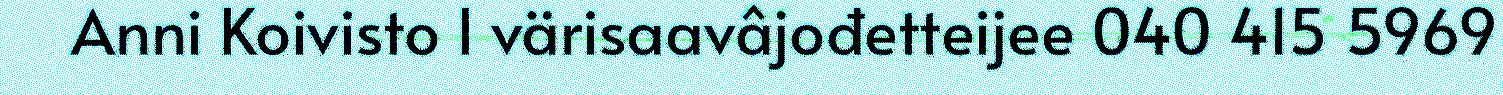
Anni Koivisto I värisaavâjođetteijee 040 415 5969